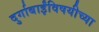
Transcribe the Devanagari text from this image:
दुर्गाबाईंविषयीच्या